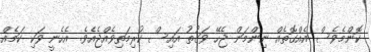
ކޮންމެވެސް އެއްގޮތެއް ނިންމަން ޖެހޭ ވަޤުތު އައިސް ކުރިމަތިވެއްޖެއެވެ. އެހެނީ ވަކި ކަމެއް